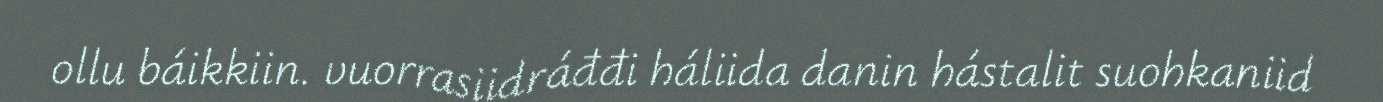
ollu báikkiin. vuorrasiidráđđi háliida danin hástalit suohkaniid